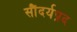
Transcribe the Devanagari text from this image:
सौंदर्यप्रद